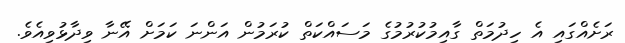
ރަށެއްގައި އެ ހިދުމަތް ގާއިމުކުރުމުގެ މަސައްކަތް ކުރަމުން އަންނަ ކަމަށް އޭނާ ވިދާޅުވިއެވެ.